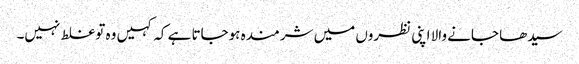
سیدھا جانے والا اپنی نظروں میں شرمندہ ہوجاتا ہے کہ کہیں وہ توغلط نہیں۔